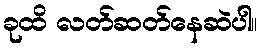
ခုထိ လတ်ဆတ်နေဆဲပါ။